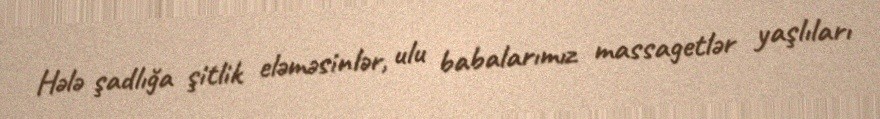
Hələ şadlığa şitlik eləməsinlər, ulu babalarımız massagetlər yaşlıları